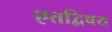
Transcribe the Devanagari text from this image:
एतद्विषय